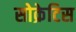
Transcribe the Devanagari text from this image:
सोक्रेटिस